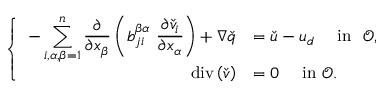
\left\{ \begin{array} { r l c } { - \displaystyle \sum _ { i , \alpha , \beta = 1 } ^ { n } \frac { \partial } { \partial x _ { \beta } } \left( b _ { j i } ^ { \beta \alpha } \ \frac { \partial { \check { v } _ { i } } } { \partial x _ { \alpha } } \right) + \nabla \check { q } } & { = \check { \boldsymbol u } - \boldsymbol { u _ { d } } \quad \mathrm { ~ i n ~ } \ { \mathcal { O } } , } \\ { \operatorname { d i v } \left( \boldsymbol { \check { v } } \right) } & { = 0 \quad \mathrm { ~ i n ~ } { \mathcal { O } } . } \end{array} \right.